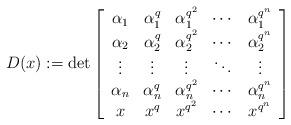
LaTeX: \begin{align*}D(x):=\det \left[ \begin{array}{ccccc} \alpha_1&\alpha_1^q&\alpha_1^{q^2}&\cdots&\alpha_1^{q^{n}}\\ \alpha_2&\alpha_2^q&\alpha_2^{q^2}&\cdots&\alpha_2^{q^{n}}\\ \vdots&\vdots&\vdots&\ddots&\vdots\\ \alpha_n&\alpha_n^q&\alpha_n^{q^2}&\cdots&\alpha_n^{q^{n}}\\ x&x^q&x^{q^2}&\cdots&x^{q^{n}}\\ \end{array} \right]\end{align*}